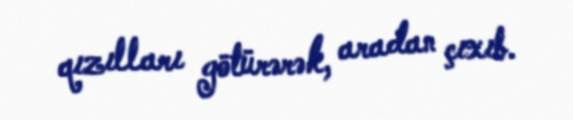
qızılları götürərək, aradan çıxıb.